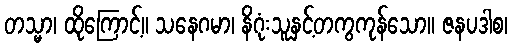
တသ္မာ၊ ထိုကြောင့်။ သနေဂမာ၊ နိဂုံးသူနှင့်တကွကုန်သော။ ဇနပဒါစ၊